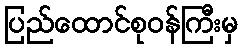
ပြည်ထောင်စုဝန်ကြီးမှ